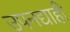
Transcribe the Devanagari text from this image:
उपनद्याही